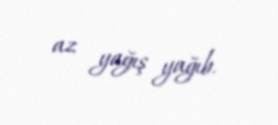
az yağış yağıb.